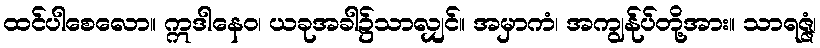
ထင်ပါစေလော။ ဣဒါနေဝ၊ ယခုအခါ၌သာလျှင်။ အမှာကံ၊ အကျွန်ုပ်တို့အား။ သာရဇ္ဇံ၊